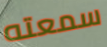
سمعته